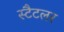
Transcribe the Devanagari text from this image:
स्टैटलर